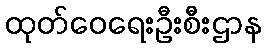
ထုတ်ဝေရေးဦးစီးဌာန